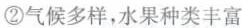
②气候多样，水果种类丰富